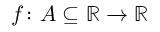
f \colon A \subseteq \mathbb { R } \to \mathbb { R }